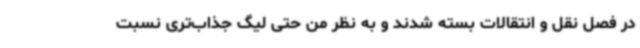
در فصل نقل و انتقالات بسته شدند و به نظر من حتی لیگ جذاب‌تری نسبت